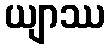
ယျာဿ